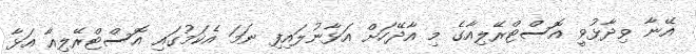
އޭނާ ވިދާޅުވީ އޮސްޓްރޭލިއާގެ މި އާދޭހަށް އަޅާނުލައިފި ނަމަ އެކަމުގައި އޮސްޓްރޭލިއާ އަޅާ